Indian journal of veterinary science and animal husbandry - Volumes 22-23, 1952-1953
Year: 1952
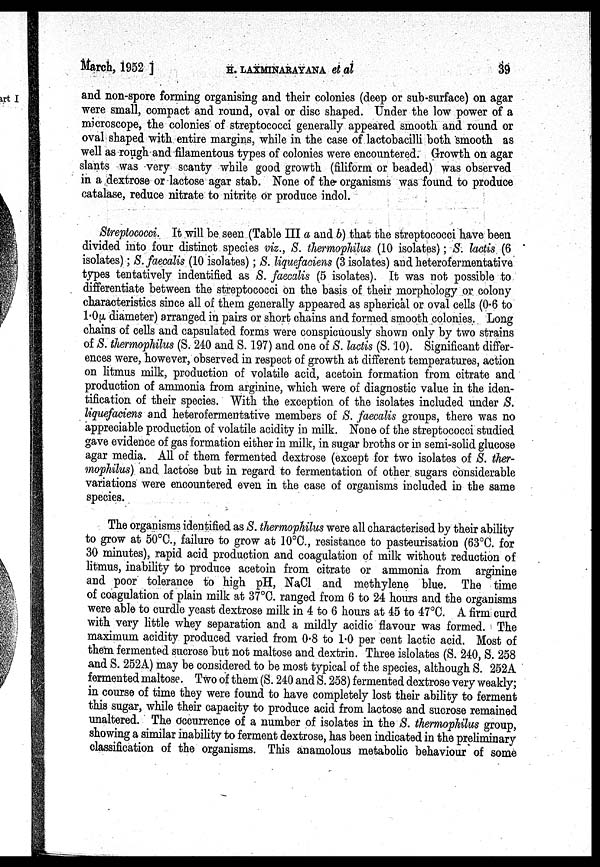
March, 1952 ] H. LAXMINARAYANA et
al
39
and non-spore forming organising and their colonies (deep or sub-surface) on agar
were small, compact and round, oval or disc shaped. Under the low power of a
microscope, the colonies of streptococci generally appeared smooth and round or
oval shaped with entire margins, while in the case of lactobacilli both smooth as
well as rough and filamentous types of colonies were encountered. Growth on agar
slants was very scanty while good growth (filiform or beaded) was observed
in a dextrose or lactose agar stab. None of the organisms was found to produce
catalase, reduce nitrate to nitrite or produce indol
Streptococci. It will be seen (Table III a and b) that the streptococci have been
divided into four distinct species viz., S. thermophilus (10 isolates); S. lactis (6
isolates); S. faecalis (10 isolates); S. liquefaciens (3 isolates) and heterofermentative
types tentatively indentified as S. faecalis (5 isolates). It was not possible to
differentiate between the streptococci on the basis of their morphology or colony
characteristics since all of them generally appeared as spherical or oval cells (0.6 to
1.0µ diameter) arranged in pairs or short chains and formed smooth colonies. Long
chains of cells and capsulated forms were conspicuously shown only by two strains
of S. thermophilus (S. 240 and S. 197) and one of S. lactis (S. 10). Significant differ-
ences were, however, observed in respect of growth at different temperatures, action
on litmus milk, production of volatile acid, acetoin formation from citrate and
production of ammonia from arginine, which were of diagnostic value in the iden-
tification of their species. With the exception of the isolates included under S.
liquefaciens and heterofermentative members of S. faecalis groups, there was no
appreciable production of volatile acidity in milk. None of the streptococci studied
gave evidence of gas formation either in milk, in sugar broths or in semi-solid glucose
agar media. All of them fermented dextrose (except for two isolates of S. ther-
mophilus) and lactose but in regard to fermentation of other sugars considerable
variations were encountered even in the case of organisms included in the same
species.
The organisms identified as S. thermophilus were all characterised by their ability
to grow at 50°C., failure to grow at 10°C., resistance to pasteurisation (63°C. for
30 minutes), rapid acid production and coagulation of milk without reduction of
litmus, inability to produce acetoin from citrate or ammonia from arginine
and poor tolerance to high pH, NaCl and methylene blue. The time
of coagulation of plain milk at 37°C. ranged from 6 to 24 hours and the organisms
were able to curdle yeast dextrose milk in 4 to 6 hours at 45 to 47°C. A firm curd
with very little whey separation and a mildly acidic flavour was formed. The
maximum acidity produced varied from 0.8 to 1.0 per cent lactic acid. Most of
them fermented sucrose but not maltose and dextrin. Three islolates (S. 240, S. 258
and S. 252A) may be considered to be most typical of the species, although S. 252A
fermented maltose. Two of them (S. 240 and S. 258) fermented dextrose very weakly;
in course of time they were found to have completely lost their ability to ferment
this sugar, while their capacity to produce acid from lactose and sucrose remained
unaltered. The occurrence of a number of isolates in the S. thermophilus group,
showing a similar inability to ferment dextrose, has been indicated in the preliminary
classification of the organisms. This anamolous metabolic behaviour of some